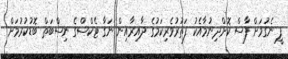
ފީ ނެގުމަށް ފާސް ކޮށްދިނުމާއެކު ފަތުރުވެރިކަމުގެ ދާއިރާއިން ނަގާ ޓެކްސްގެ ނިސްބަތް ބޮޑުކުރުމަށް